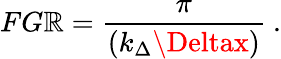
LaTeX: FG\mathbb{R}=\frac{{\pi}}{{(k_{\Delta}\Deltax)}}\ .